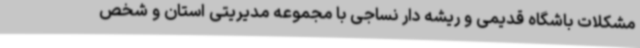
مشکلات باشگاه قدیمی و ریشه دار نساجی با مجموعه مدیریتی استان و شخص